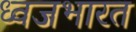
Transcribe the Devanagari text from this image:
ध्वजभारत